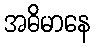
အဓိမာနေ